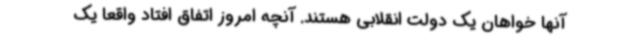
آنها خواهان یک دولت انقلابی هستند. آنچه امروز اتفاق افتاد واقعا یک